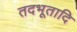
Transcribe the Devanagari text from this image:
तदभूतादि